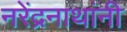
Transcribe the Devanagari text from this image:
नरेंद्रनाथांनी